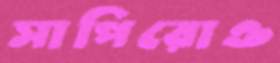
সাপিরোও